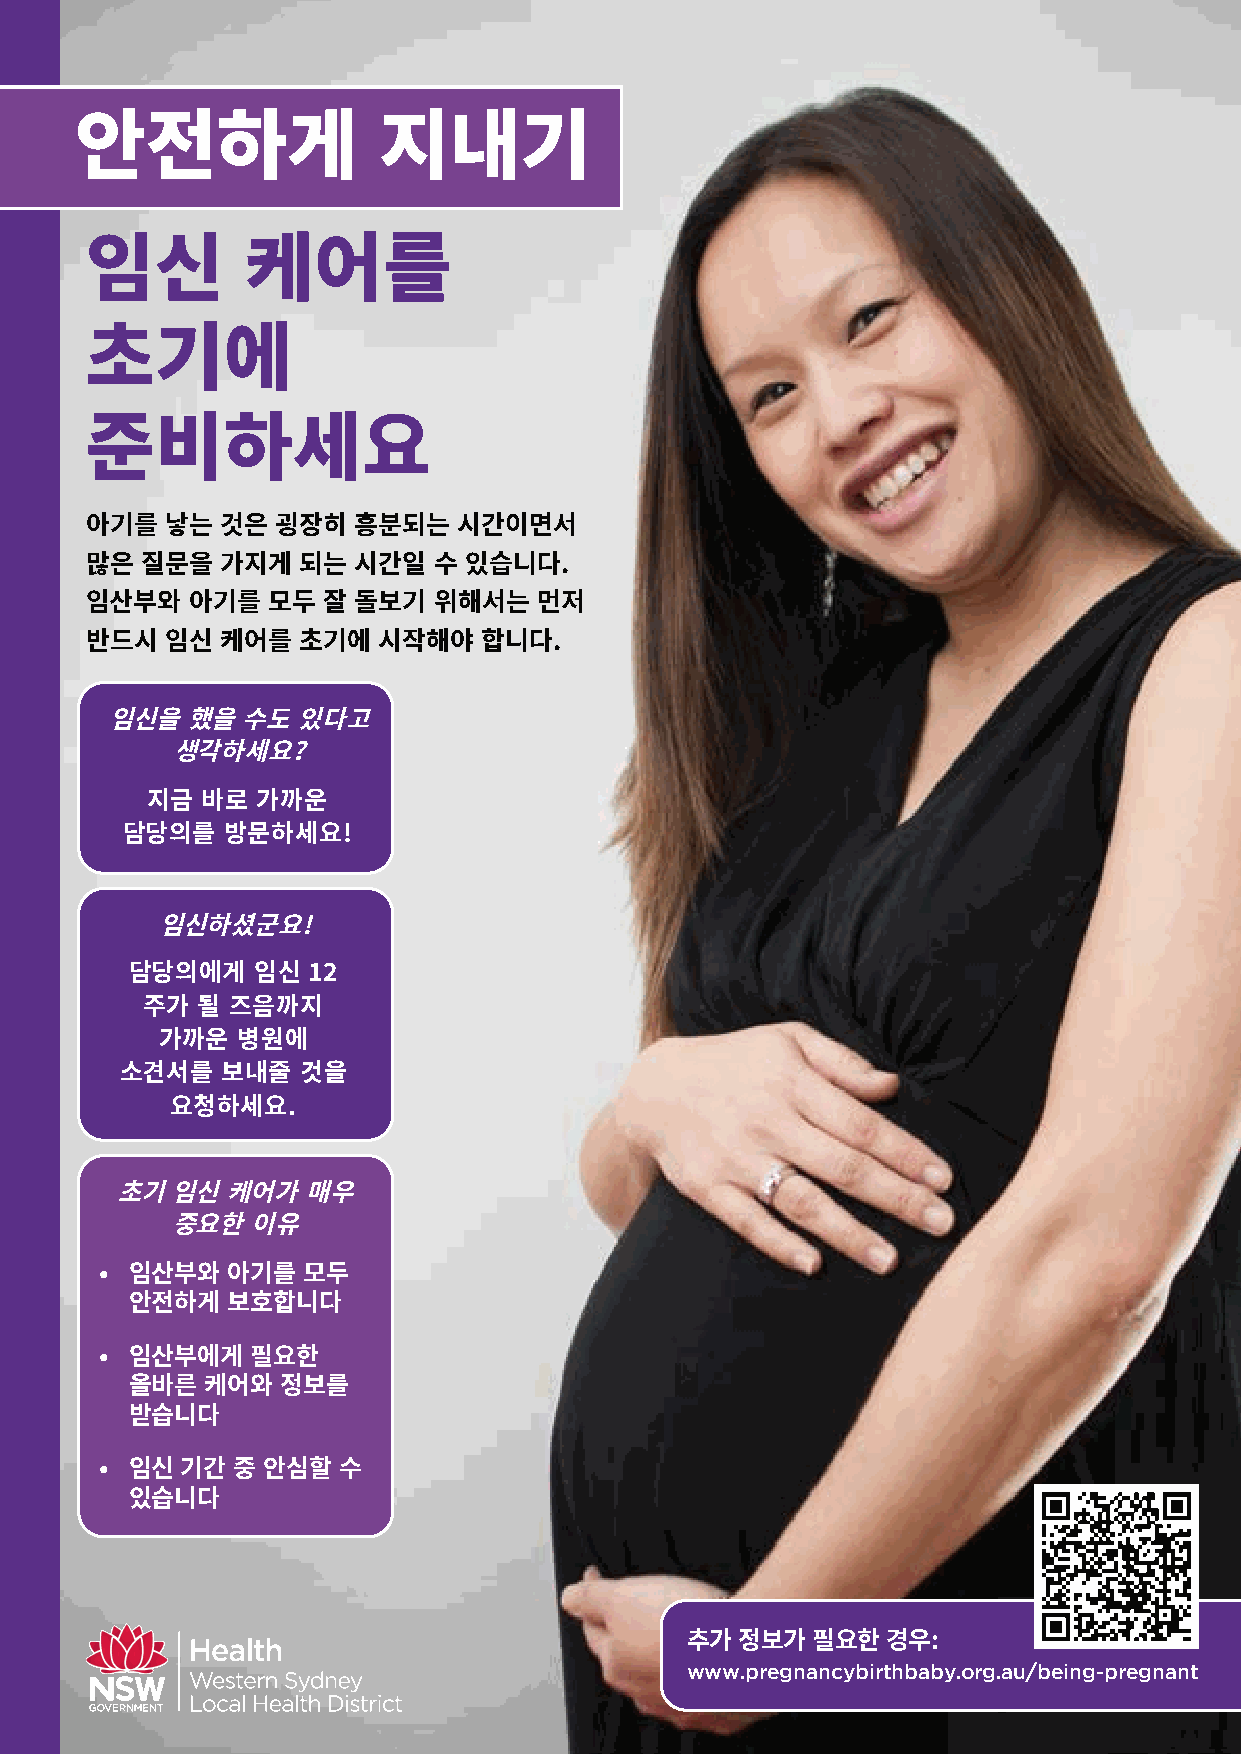
안전하게                지내기
 임신        케어를
 초기에
 준비하세요
 아기를  낳는  것은 굉장히  흥분되는   시간이면서
 많은 질문을   가지게  되는 시간일   수 있습니다.
 임산부와  아기를   모두 잘 돌보기   위해서는   먼저
 반드시  임신  케어를  초기에  시작해야   합니다.
 임신을  했을  수도 있다고
 생각하세요?
 지금 바로  가까운
 담당의를   방문하세요!
 임신하셨군요!
 담당의에게   임신 12
 주가  될 즈음까지
 가까운  병원에
 소견서를   보내줄  것을
 요청하세요.
 초기  임신  케어가  매우
 중요한  이유
 • 임산부와  아기를  모두
 안전하게  보호합니다
 • 임산부에게   필요한
 올바른  케어와  정보를
 받습니다
 • 임신 기간 중 안심할  수
 있습니다
 추가  정보가  필요한  경우:
 www.pregnancybirthbaby.org.au/being-pregnant